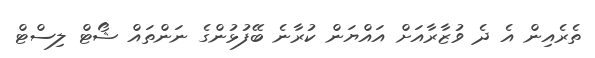
ތެރެއިން އެ ދެ ވުޒާރާއަށް އައްޔަން ކުރާނެ ބޭފުޅުންގެ ނަންތައް ޝޯޓް ލިސްޓް